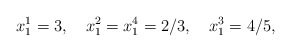
\begin{align*}x_{1}^{1}=3,\quad x_{1}^{2}=x_{1}^{4}=2/3,\quad x_{1}^{3}=4/5,\end{align*}